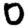
Digit: 0